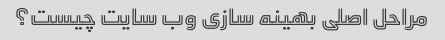
مراحل اصلی بهینه سازی وب سایت چیست؟